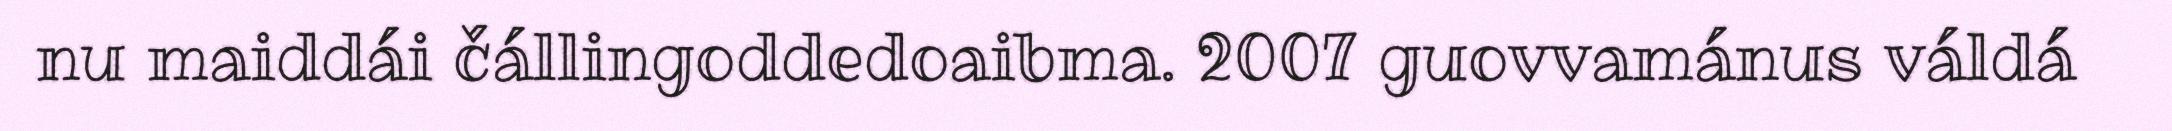
nu maiddái čállingoddedoaibma. 2007 guovvamánus váldá